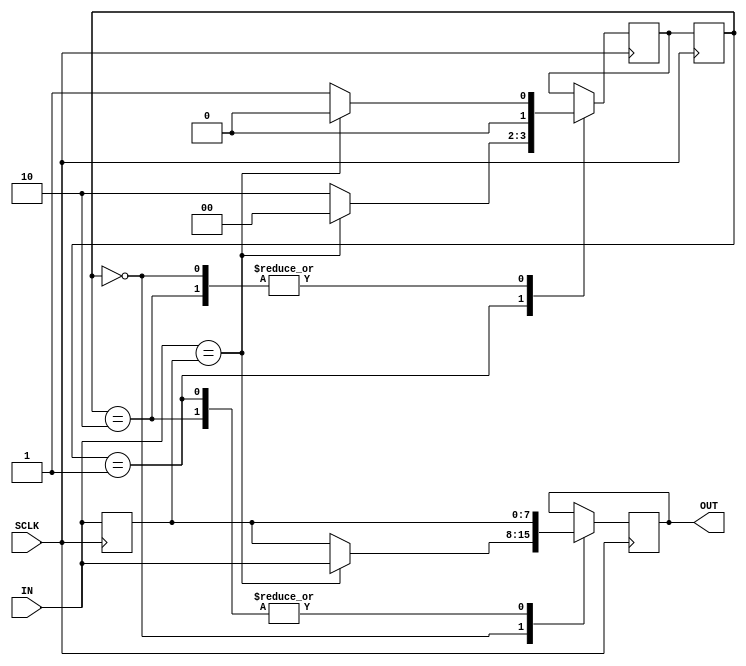
`timescale 1ns / 1ps
//////////////////////////////////////////////////////////////////////////////////
// Company: 
// Engineer: 
// 
// Design Name: 
// Module Name:    ebounce 
// Project Name: 
// Target Devices: 
// Tool versions: 
// Description: 
//
// Dependencies: 
//
// Revision: 
// Revision 0.01 - File Created
// Additional Comments: 
//
//////////////////////////////////////////////////////////////////////////////////
module debounce(
		input SCLK,
		input [7:0] IN, 
		output reg [7:0] OUT
    );

	parameter GOOD = 0; //Good Signal
	parameter NOISY1 = 1; //First State Noisy Signal
	parameter NOISY2 = 2; //Second State Noisy Signal

	reg [1:0] STATE, NEXT_STATE;
	reg [7:0] OLD_IN;


	always @(posedge SCLK) begin
		STATE <= NEXT_STATE;
		case(STATE)
			GOOD: begin
						if(IN == OLD_IN)begin
							NEXT_STATE <= GOOD;
							OUT <= IN;
						end else begin
							NEXT_STATE <= NOISY1;
							OUT <= OLD_IN;
						end
					end
			NOISY1:begin
					if(IN == OLD_IN)begin
						NEXT_STATE <= GOOD;
						OUT <= OLD_IN;
					end else begin
						NEXT_STATE <= NOISY2;
						OUT <= OLD_IN;
					end
				end
			NOISY2:begin
					if(IN == OLD_IN)begin
						NEXT_STATE <= GOOD;
						OUT <= OLD_IN;
					end else begin
						NEXT_STATE <= NOISY1;
						OUT <= OLD_IN;
					end
				end
		endcase
		OLD_IN = IN;
	end

endmodule